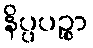
နိပ္ပပဉ္စာ